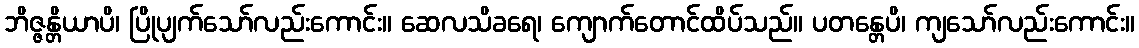
ဘိဇ္ဇန္တိယာပိ၊ ပြိုပျက်သော်လည်းကောင်း။ ဆေလသိခရေ၊ ကျောက်တောင်ထိပ်သည်။ ပတန္တေပိ၊ ကျသော်လည်းကောင်း။